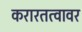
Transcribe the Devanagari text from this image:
करारतत्वावर